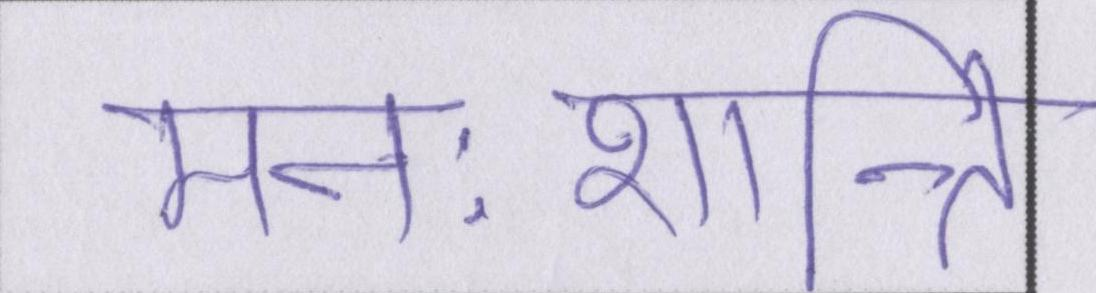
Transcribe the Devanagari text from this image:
मनःशान्ति